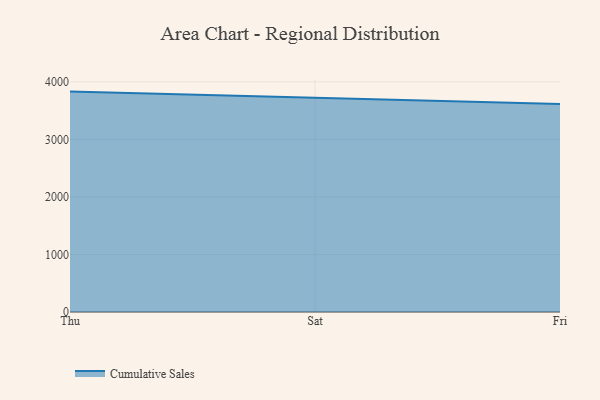
{"axis": {"x": "Day", "y": "Satisfaction Score"}, "legend": ["Cumulative Sales"], "data": [{"x": "Thu", "y": 3829.6, "type": "Cumulative Sales"}, {"x": "Sat", "y": 3723.1, "type": "Cumulative Sales"}, {"x": "Fri", "y": 3612.9, "type": "Cumulative Sales"}]}